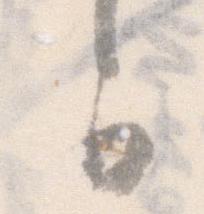
可